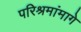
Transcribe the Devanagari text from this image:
परिश्रमांमागे